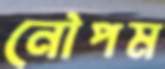
নৌপম